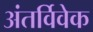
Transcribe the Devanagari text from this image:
अंतर्विवेक